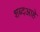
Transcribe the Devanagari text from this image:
शब्दआहे